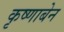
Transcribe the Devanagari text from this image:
कृष्णाबेन